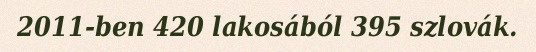
2011-ben 420 lakosából 395 szlovák.